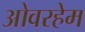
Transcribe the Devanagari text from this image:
ओवरहेम